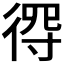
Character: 𢔨